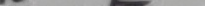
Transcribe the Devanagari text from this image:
कछ.